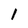
Character: 1